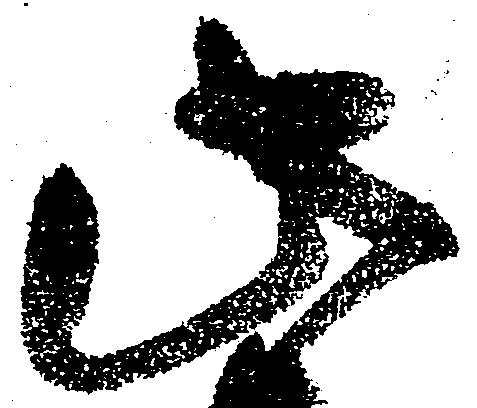
此